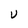
Character: U